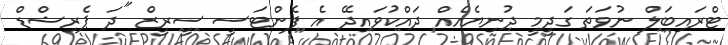
ޓްރައިބަލް ނުވަތަ ގަދީމީ ދުނިޔެއެއް ދައްކުވައިދޭ އެ ފެންޓަސީ ސީރީޒް "ދަ ޕެރިޝްޑް